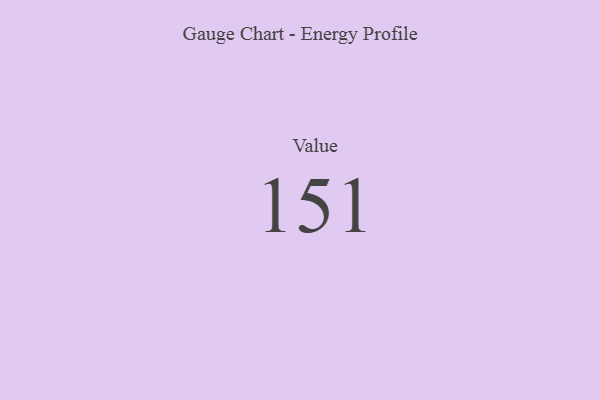
{"axis": {"x": "Metric", "y": "Value"}, "legend": [""], "data": [{"x": "Value", "y": 151, "type": ""}]}